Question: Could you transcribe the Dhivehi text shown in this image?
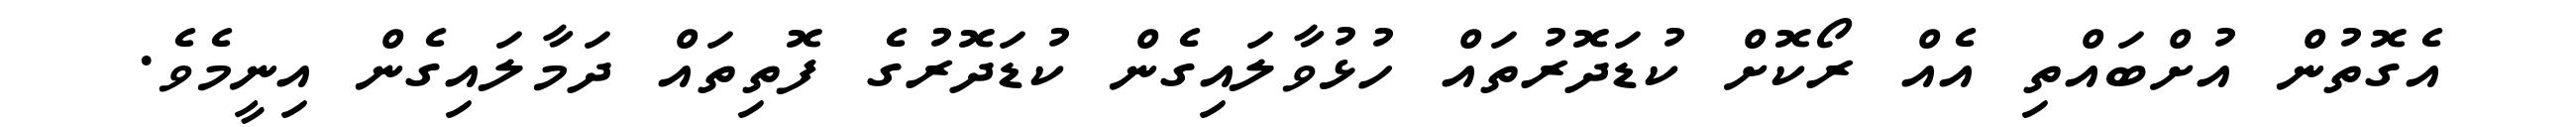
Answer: އެގޮތުން އުށްބައްތި އެއް ރޯކޮށް ކުޑަދޮރުތައް ހުޅުވާލައިގެން ކުޑަދޮރުގެ ފޮތިތައް ދަމާލައިގެން އިނީމެވެ.